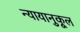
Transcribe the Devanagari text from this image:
न्यायानुकूल